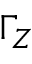
\Gamma _ { Z }